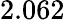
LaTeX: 2.062